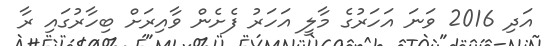
އަދި 2016 ވަނަ އަހަރުގެ މާލީ އަހަރު ފެށެން ވާއިރަށް ބިހާރުގައި ރާ